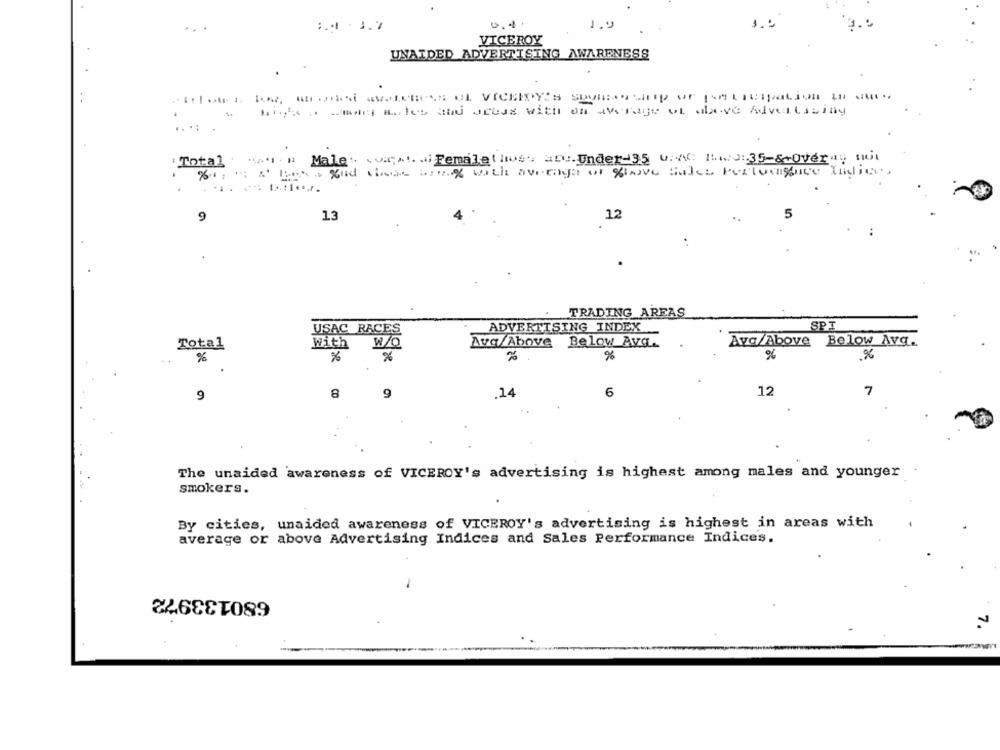
1.4 -3.7
1.9
3.
VICEROY
UNAIDED ADVERTISING AWARENESS
.
hints ofman sales and areas with on average of above Advertising
.. ..
11 Male: est.)Femalethose are.Under-35 u.N .: 1:43 :. 35-&+Overa:
Total
But Also And case wn% with average of Clave Sales Pertoengage Indie.
9
13
12
5
TRADING AREAS
USAC RACES
ADVERTISING INDEX
SPT
Total
With
W/o
Avg/Above Below Avg.
Ava/Above
Below Avg.
%
%
%
%
%
%
12
7
9
8
9
.14
6
The unaided awareness of VICEROY's advertising is highest among males and younger
smokers.
By cities, unaided awareness of VICEROY's advertising is highest in areas with
average or above Advertising Indices and Sales Performance Indices.
680133972